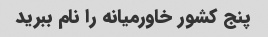
پنج کشور خاورمیانه را نام ببرید